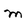
Character: m